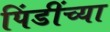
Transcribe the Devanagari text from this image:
पिंडींच्या